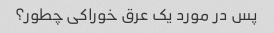
پس در مورد یک عرق خوراکی چطور؟